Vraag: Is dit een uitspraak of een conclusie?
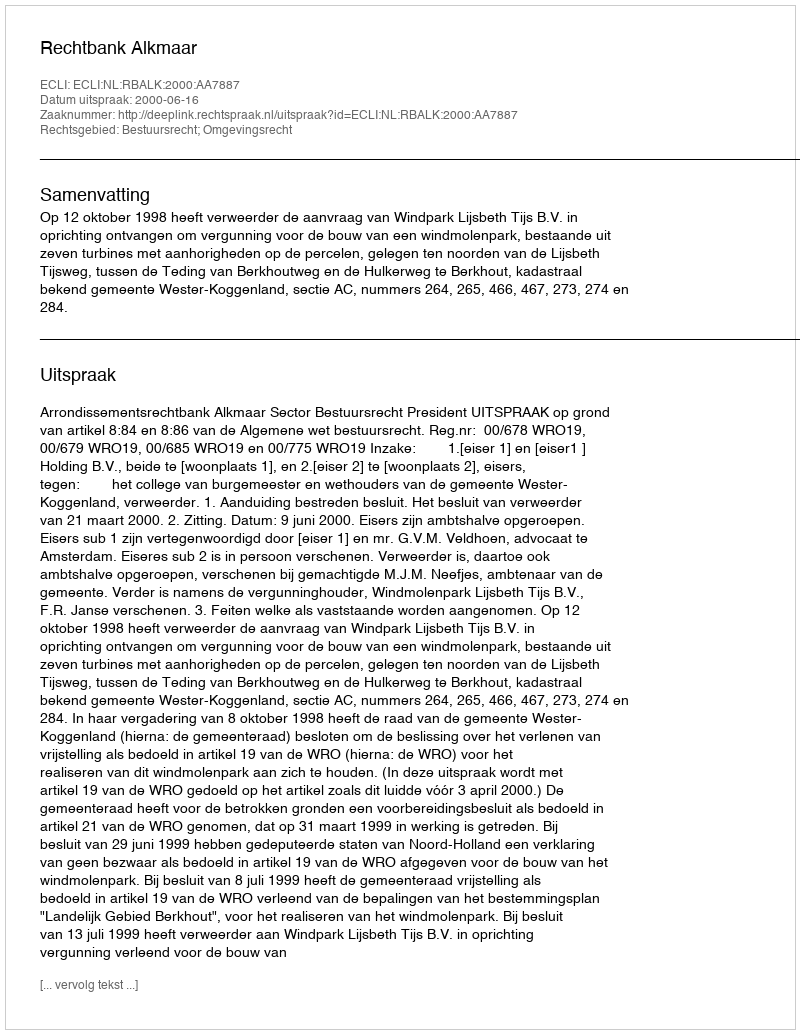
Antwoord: Uitspraak